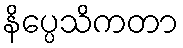
နိပ္ပေသိကတာ